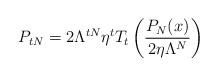
\begin{align*}P_{tN} = 2 \Lambda^{tN} \eta^t T_{t} \left(\frac{P_{N}(x)}{2 \eta \Lambda^N} \right)\end{align*}